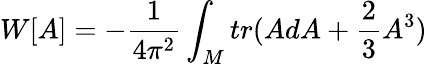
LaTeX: W[A]=-\frac{1}{4\pi^{2}}\int_{M}tr(AdA+\frac{2}{3}A^{3})